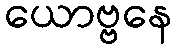
ယောဗ္ဗနေ